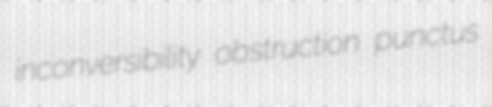
inconversibility obstruction punctus